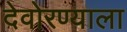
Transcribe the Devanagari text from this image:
देवोरण्याला